Vaccination United Provinces of Agra and Oudh 1914-1922 - 1914-1922
Year: 1914
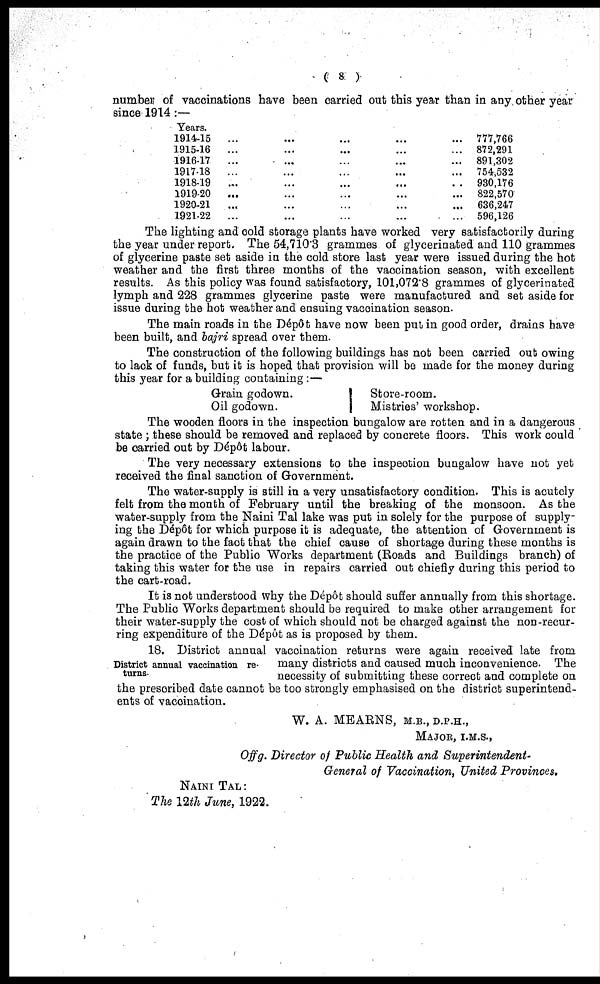
( 8 )
number of vaccinations have been carried out this year than in any other year
since 1914 :—
Years.
1914-15
... ... ... ... ...
1915-16
... ... ... ... ...
1916-17
... ... ... ... ...
1917-18
... ... ... ... ...
1918-19
... ... ... ... ...
1919-20
... ... ... ... ...
1920-21 ... ... ... ... ...
1921-22
... ... ... ... ...
777,766
872,291
891,302
754,532
930,176
822,570
636,247
596,126
The lighting and cold storage plants have worked very satisfactorily during
the year under report. The 54,710.3 grammes of glycerinated and 110 grammes
of glycerine paste set aside in the cold store last year were issued during the hot
weather and the first three months of the vaccination season, with excellent
results. As this policy was found satisfactory, 101,072.8 grammes of glycerinated
lymph and 228 grammes glycerine paste were manufactured and set aside for
issue during the hot weather and ensuing vaccination season.
The main roads in the Dépôt have now been put in good order, drains have
been built, and bajri spread over them.
The construction of the following buildings has not been carried out owing
to lack of funds, but it is hoped that provision will be made for the money during
this year for a building containing :—
Grain godown.
Oil godown.
Store-room.
Mistries' workshop.
The wooden floors in the inspection bungalow are rotten and in a dangerous
state ; these should be removed and replaced by concrete floors. This work could
be carried out by Dépôt labour.
The very necessary extensions to the inspection bungalow have not yet
received the final sanction of Government.
The water-supply is still in a very unsatisfactory condition. This is acutely
felt from the month of February until the breaking of the monsoon. As the
water-supply from the Naini Tal lake was put in solely for the purpose of supply-
ing the Dépôt for which purpose it is adequate, the attention of Government is
again drawn to the fact that the chief cause of shortage during these months is
the practice of the Public Works department (Roads and Buildings branch) of
taking this water for the use in repairs carried out chiefly during this period to
the cart-road.
It is not understood why the Dépôt should suffer annually from this shortage.
The Public Works department should be required to make other arrangement for
their water-supply the cost of which should not be charged against the non-recur-
ring expenditure of the Dépôt as is proposed by them.
District annual vaccination re-
turns.
18. District annual vaccination returns were again received late from
many districts and caused much inconvenience. The
necessity of submitting these correct and complete on
the prescribed date cannot be too strongly emphasised on the district superintend-
ents of vaccination.
W. A. MEARNS, M.B., D.P.H.,
MAJOR, I.M.S.,
Offg. Director of Public Health and Superintendent-
General of Vaccination, United Provinces.
NAINI TAL:
The 12th June, 1922.